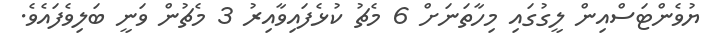
ޔުވެންޓަސްއިން ލީގުގައި މިހާތަނަށް 6 މެޗު ކުޅެފައިވާއިރު 3 މެޗުން ވަނީ ބަލިވެފައެވެ.